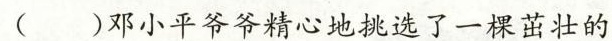
()邓小平爷爷精 挑选了一棵茁壮的